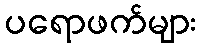
ပရောဖက်များ